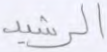
الرشيد